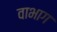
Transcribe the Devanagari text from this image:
वाभाग